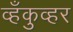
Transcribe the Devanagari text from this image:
व्हँकुव्हर